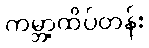
ကမ္ဘာ့ထိပ်တန်း